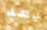
بعد